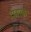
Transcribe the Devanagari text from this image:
टामस्क